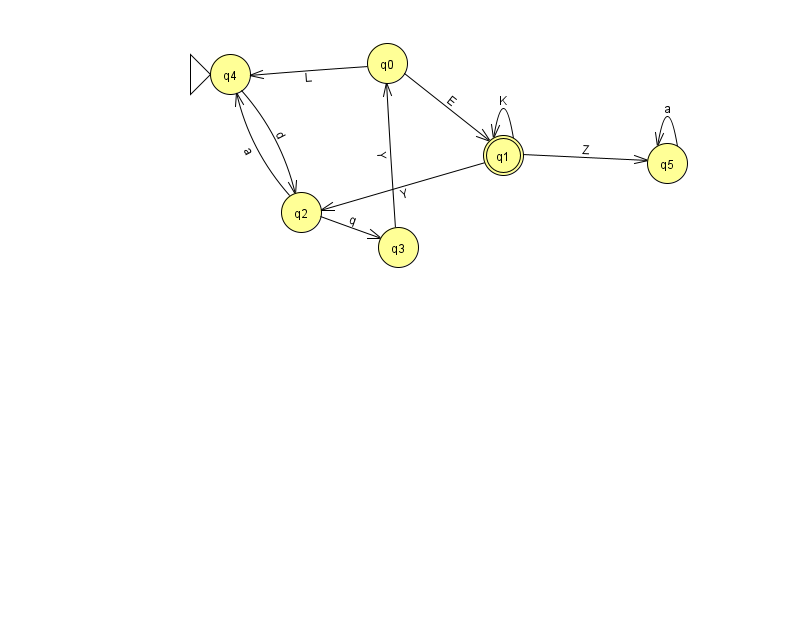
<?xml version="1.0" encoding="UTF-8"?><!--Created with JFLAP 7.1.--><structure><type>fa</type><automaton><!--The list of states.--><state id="0" name="q0"><x>387.0</x><y>50.0</y></state><state id="1" name="q1"><x>503.0</x><y>142.0</y><final/></state><state id="2" name="q2"><x>301.0</x><y>199.0</y></state><state id="3" name="q3"><x>398.0</x><y>234.0</y></state><state id="4" name="q4"><x>230.0</x><y>61.0</y><initial/></state><state id="5" name="q5"><x>667.0</x><y>150.0</y></state><!--The list of transitions.--><transition><from>5</from><to>5</to><read>a</read></transition><transition><from>4</from><to>2</to><read>d</read></transition><transition><from>0</from><to>4</to><read>L</read></transition><transition><from>2</from><to>4</to><read>a</read></transition><transition><from>3</from><to>0</to><read>Y</read></transition><transition><from>1</from><to>5</to><read>Z</read></transition><transition><from>1</from><to>1</to><read>K</read></transition><transition><from>0</from><to>1</to><read>E</read></transition><transition><from>1</from><to>2</to><read>Y</read></transition><transition><from>2</from><to>3</to><read>q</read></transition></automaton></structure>